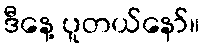
ဒီနေ့ ပူတယ်နော်။